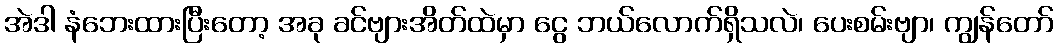
အဲဒါ နံဘေးထားပြီးတော့ အခု ခင်ဗျားအိတ်ထဲမှာ ငွေ ဘယ်လောက်ရှိသလဲ၊ ပေးစမ်းဗျာ၊ ကျွန်တော်